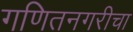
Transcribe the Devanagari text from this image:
गणितनगरीचा